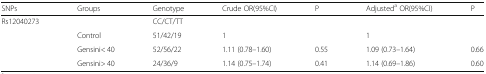
| SNPs | Groups | Genotype | Crude OR(95%CI) | P | Adjusteda OR(95%CI) | P |
 | --- | --- | --- | --- | --- | --- | --- |
 | <ROWSPAN=4> Rs12040273 |  | CC/CT/TT |  |  |  |  |
 | Control | 51/42/19 | 1 |  | 1 |  |
 | Gensini< 40 | 52/56/22 | 1.11 (0.78–1.60) | 0.55 | 1.09 (0.73–1.64) | 0.66 |
 | Gensini> 40 | 24/36/9 | 1.14 (0.75–1.74) | 0.41 | 1.14 (0.69–1.86) | 0.60 |